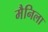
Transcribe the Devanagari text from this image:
मैनिला